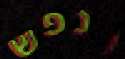
ונפש